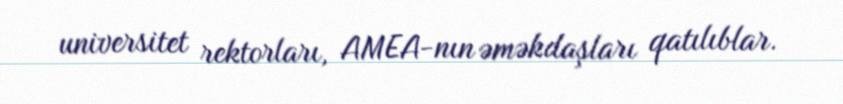
universitet rektorları, AMEA-nın əməkdaşları qatılıblar.